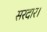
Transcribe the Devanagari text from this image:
सरदार।